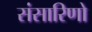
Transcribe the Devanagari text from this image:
संसारिणो